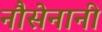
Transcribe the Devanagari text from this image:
नौसेनानी